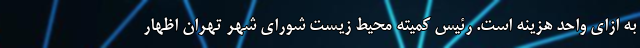
به ازای واحد هزینه است. رئیس کمیته محیط زیست شورای شهر تهران اظهار